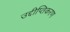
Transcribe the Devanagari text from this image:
उद्दीप्तिकरण